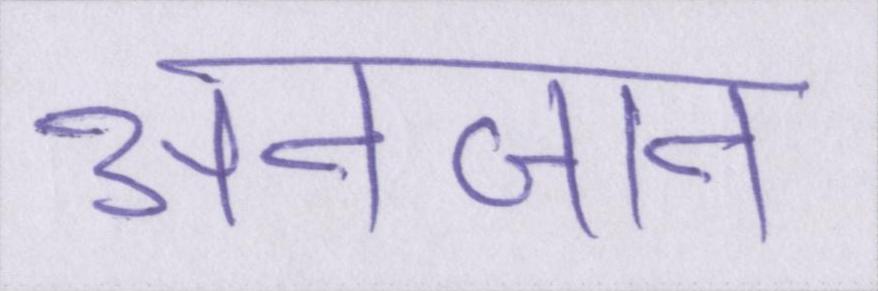
अनजान